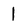
Character: l